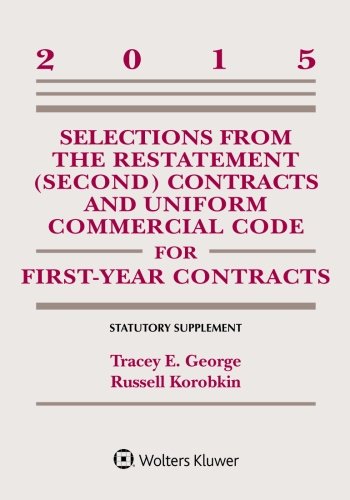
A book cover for Selections from the Restatement (Second) and Uniform Commercial Code for First-Year Contracts: Statutory Supplement; Tracey E. George; Law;